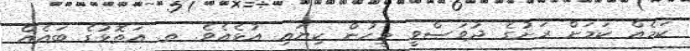
ކަމެއް ކަމަށް ރަށުގެ ދުވަސްވީ މީހުން ކިޔައި އުޅެއެވެ. ތ. އަތޮޅުގެ ބައެއް